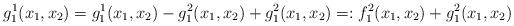
LaTeX: \begin{align*}g_1^1(x_1,x_2)= g_1^1(x_1,x_2)- g_1^2(x_1,x_2)+ g_1^2(x_1,x_2)=:f_1^2(x_1,x_2)+g_1^2(x_1,x_2)\end{align*}